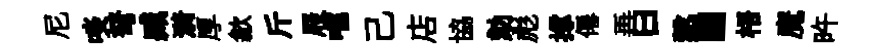
尼啖弩臧漪厚歙斤屐嚅己店協劾彪撑僊再曰慤·梧魔旿